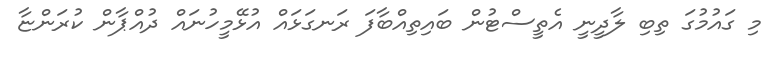
މި ގައުމުގަ ތިބި ލާދީނީ އެތީސްޓުން ބައިތިއްބާފަ ރަނގަޅައް އުޅޭމީހުނައް ދުއްޕާން ކުރަންޏާ